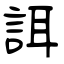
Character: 誀